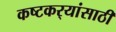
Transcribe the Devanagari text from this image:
कष्टकर्‍यांसाठी